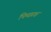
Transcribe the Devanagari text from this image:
पिच्छाक्ष